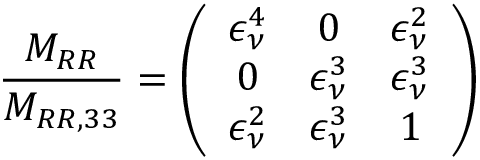
\frac { M _ { R R } } { M _ { R R , 3 3 } } = \left( \begin{array} { c c c } { { \epsilon _ { \nu } ^ { 4 } } } & { { 0 } } & { { \epsilon _ { \nu } ^ { 2 } } } \\ { { 0 } } & { { \epsilon _ { \nu } ^ { 3 } } } & { { \epsilon _ { \nu } ^ { 3 } } } \\ { { \epsilon _ { \nu } ^ { 2 } } } & { { \epsilon _ { \nu } ^ { 3 } } } & { { 1 } } \end{array} \right)